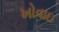
ખોવાઇ